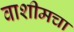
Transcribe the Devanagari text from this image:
वाशीमचा